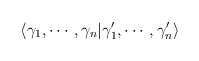
\begin{align*}\langle \gamma_1, \cdots, \gamma_n | \gamma'_1, \cdots,\gamma'_n\rangle\end{align*}